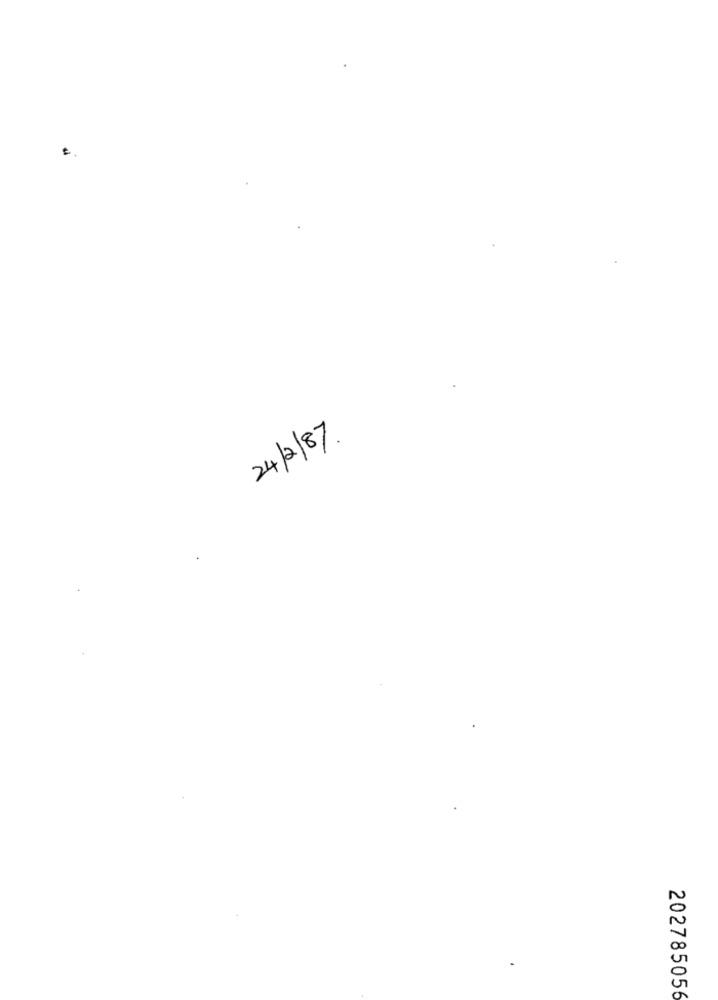
24/2/87.
202785056